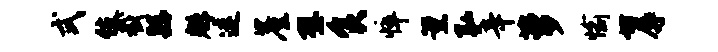
式伎截繇魁迷崖壁食悴薰弘辛萝愉坊辱